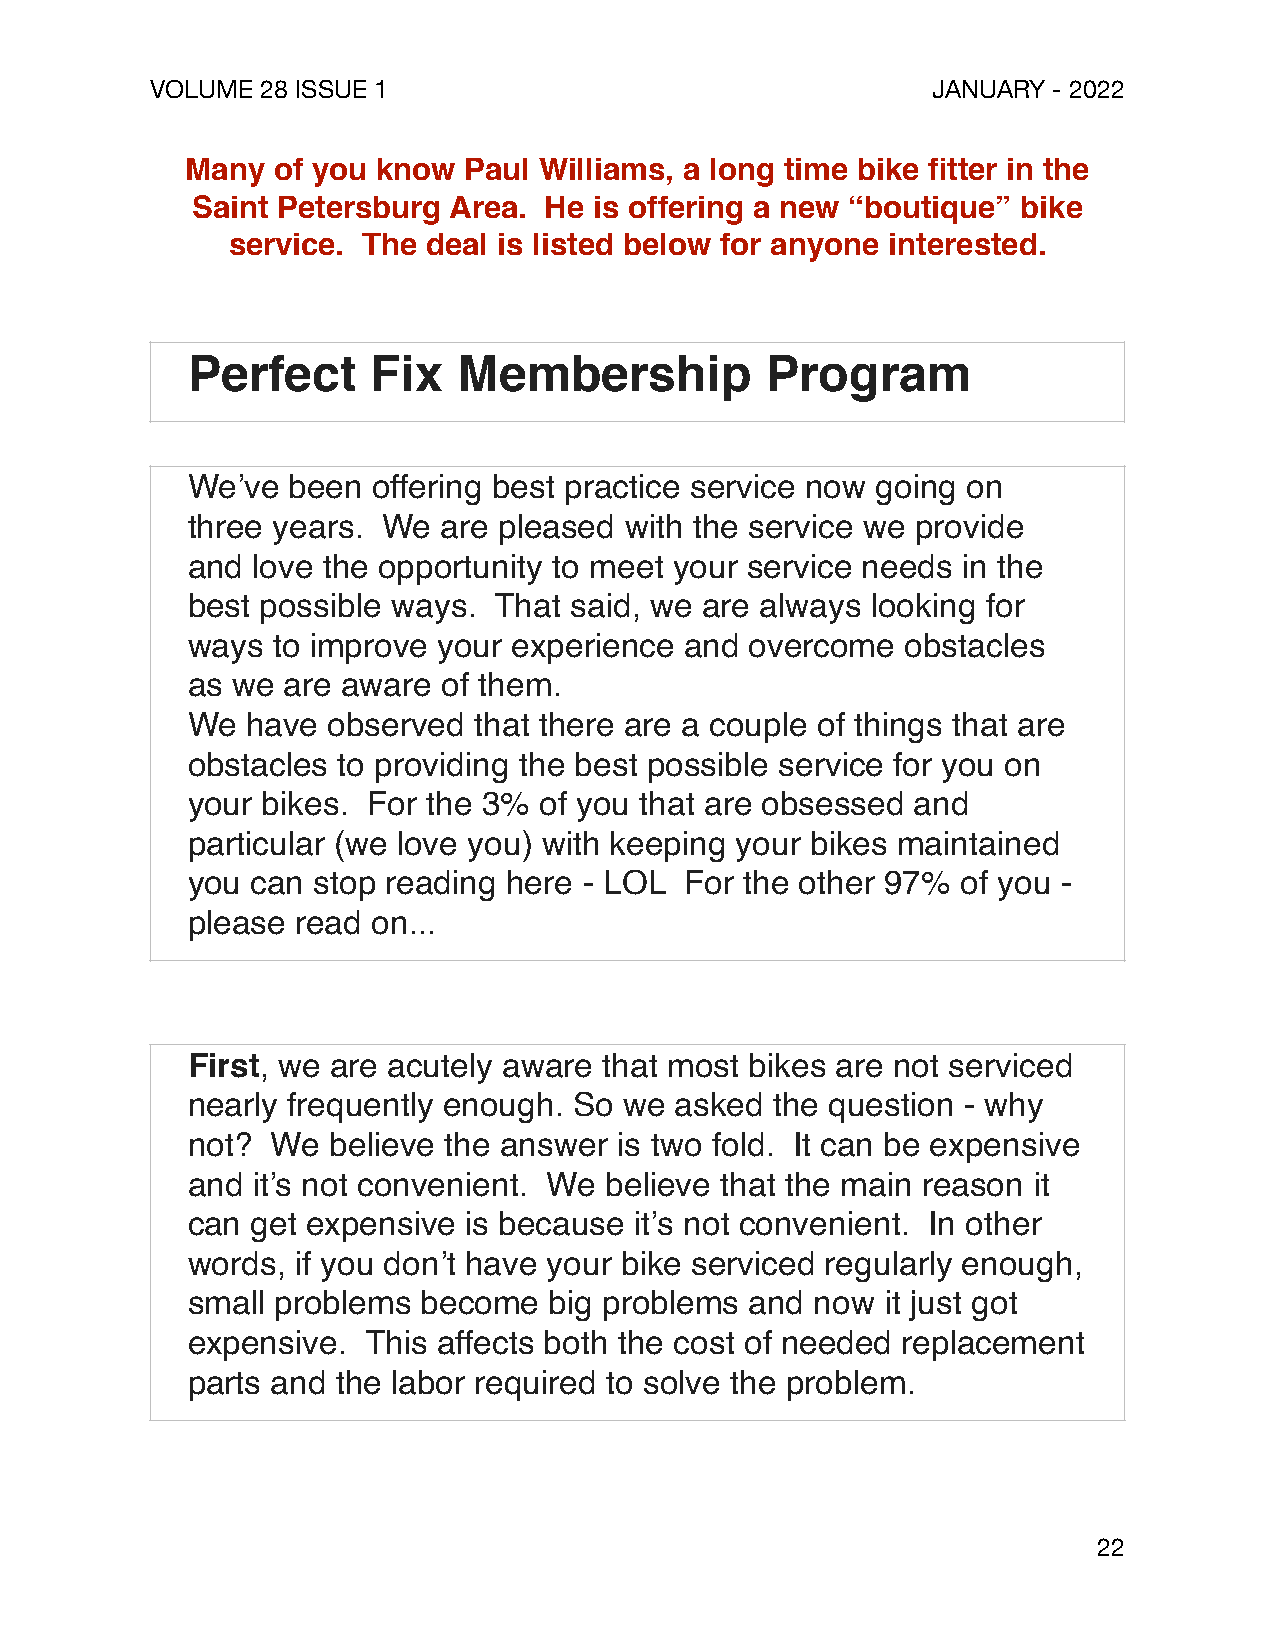
VOLUME 28 ISSUE 1                                   JANUARY - 2022
 Many  of you know  Paul Williams, a long time bike fitter in the
 Saint Petersburg Area. He is offering a new “boutique” bike
 service. The deal is listed below for anyone interested.
 Perfect      Fix  Membership           Program
 We’ve  been  offering best practice service now going on
 three years. We  are pleased with the service we provide
 and  love the opportunity to meet your service needs in the
 best possible ways.  That said, we are always looking for
 ways  to improve your experience and  overcome  obstacles
 as we  are aware of them.
 We  have  observed that there are a couple of things that are
 obstacles to providing the best possible service for you on
 your bikes. For the 3%  of you that are obsessed and
 particular (we love you) with keeping your bikes maintained
 you  can stop reading here - LOL For the other 97%  of you -
 please  read on...
 First, we are acutely aware that most bikes are not serviced
 nearly frequently enough. So we  asked the question - why
 not?  We  believe the answer is two fold. It can be expensive
 and  it’s not convenient. We believe that the main reason it
 can  get expensive is because it’s not convenient. In other
 words,  if you don’t have your bike serviced regularly enough,
 small problems  become  big problems  and now  it just got
 expensive.  This affects both the cost of needed replacement
 parts and the labor required to solve the problem.
 22